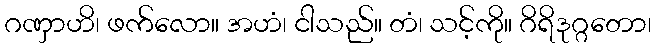
ဂဏှာဟိ၊ ဖက်လော။ အဟံ၊ ငါသည်။ တံ၊ သင့်ကို။ ဂိရိဒုဂ္ဂတော၊